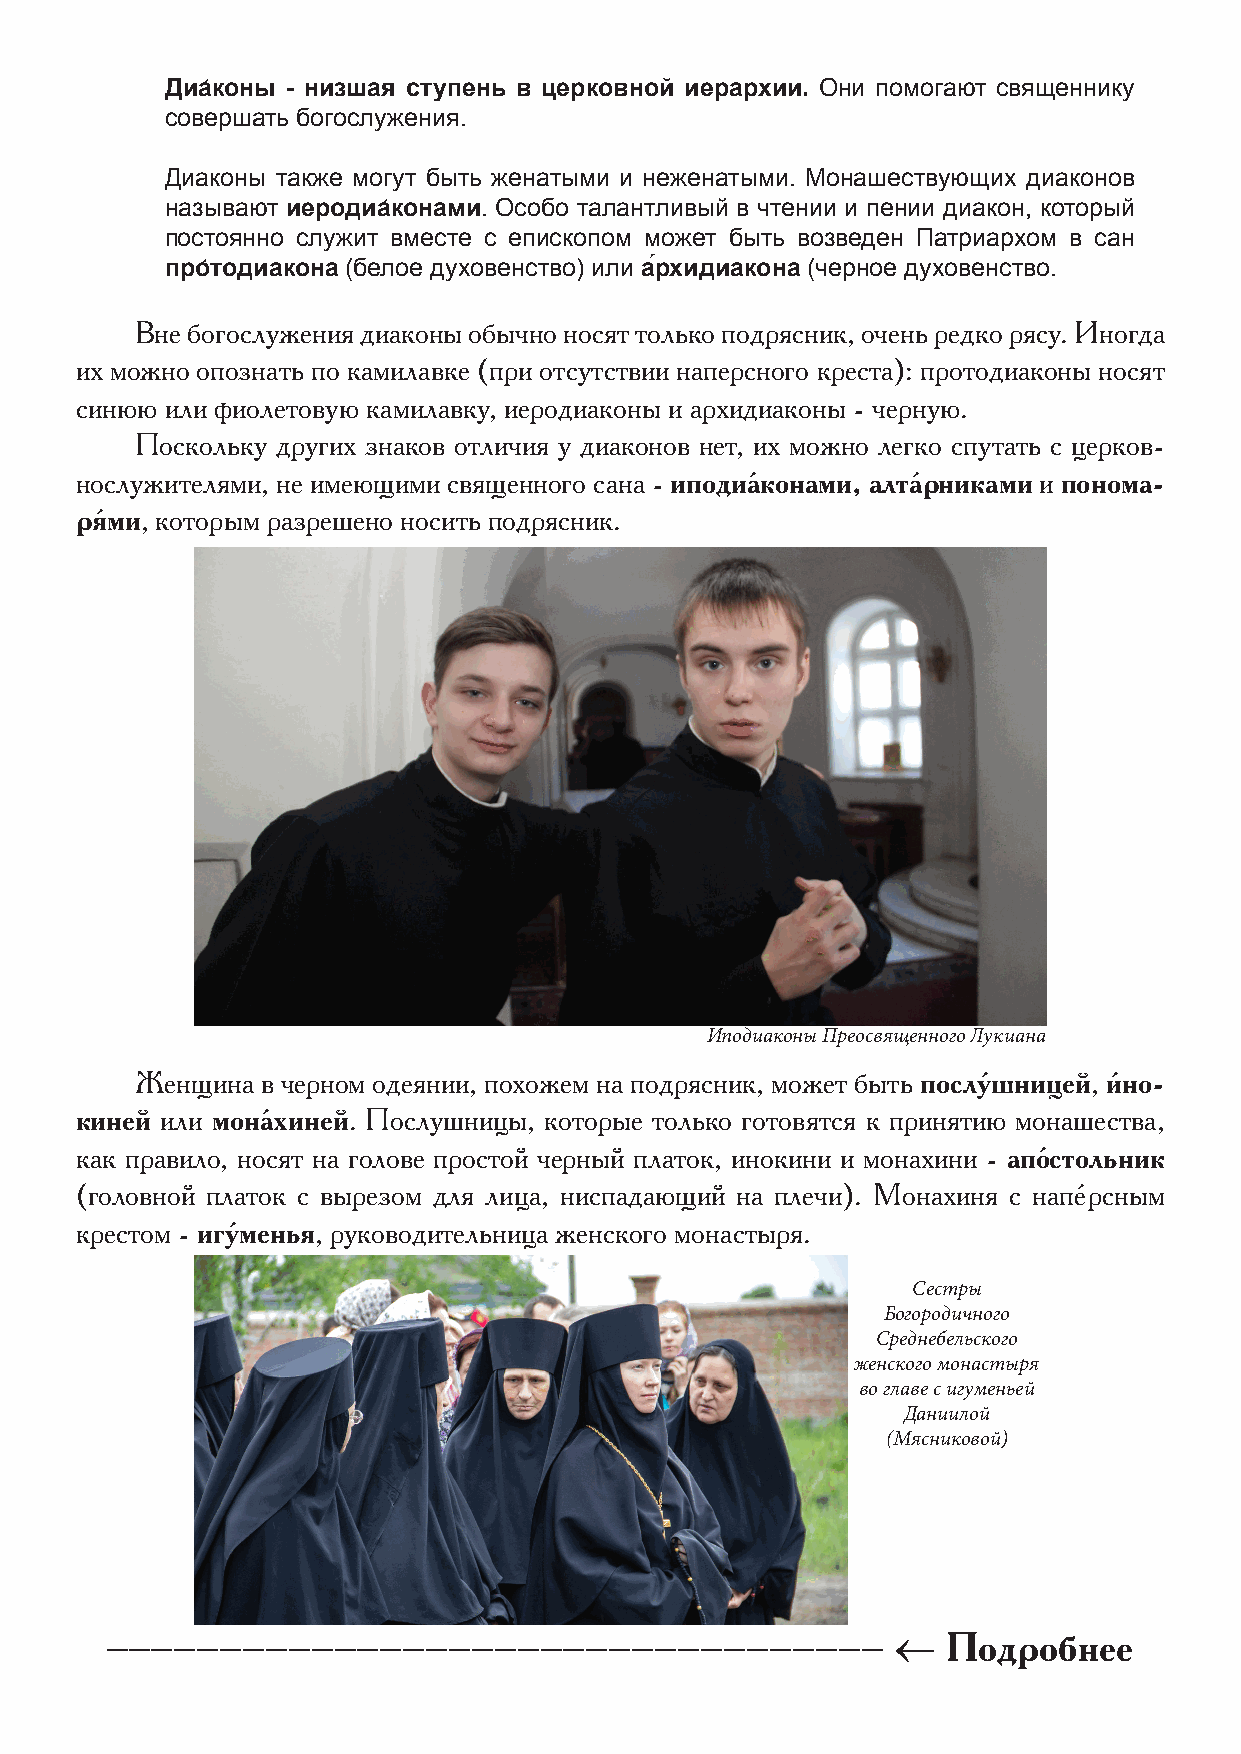
Диа́коны - низшая ступень в церковной иерархии. Они помогают священнику
 совершать богослужения.
 Диаконы также могут быть женатыми и неженатыми. Монашествующих диаконов
 называют иеродиа́конами. Особо талантливый в чтении и пении диакон, который
 постоянно служит вместе с епископом может быть возведен Патриархом в сан
 про́тодиакона (белое духовенство) или а́рхидиакона (черное духовенство.
 Вне богослужения диаконы обычно носят только подрясник, очень редко рясу. Иногда
 их можно опознать по камилавке (при отсутствии наперсного креста): протодиаконы носят
 синюю или фиолетовую камилавку, иеродиаконы и архидиаконы - черную.
 Поскольку других знаков отличия у диаконов нет, их можно легко спутать с церков-
 нослужителями, не имеющими священного сана - иподиа́конами, алта́рниками и понома-
 ря́ми, которым разрешено носить подрясник.
 Иподиаконы Преосвященного Лукиана
 Женщина в черном одеянии, похожем на подрясник, может быть послу́шницей, и́но-
 киней или мона́хиней. Послушницы, которые только готовятся к принятию монашества,
 как правило, носят на голове простой черный платок, инокини и монахини - апо́стольник
 (головной платок с вырезом для лица, ниспадающий на плечи). Монахиня с напе́рсным
 крестом - игу́менья, руководительница женского монастыря.
 Сестры
 Богородичного
 Среднебельского
 женского монастыря
 во главе с игуменьей
 Даниилой
 (Мясниковой)
 ----------------------------------                  ←   Подробнее